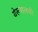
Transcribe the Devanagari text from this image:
येरूशलमी